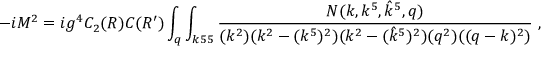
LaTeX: - i M ^ { 2 } = i g ^ { 4 } C _ { 2 } ( R ) C ( R ^ { \prime } ) \int _ { q } \int _ { k 5 5 } { \frac { N ( k , k ^ { 5 } , { \hat { k } } ^ { 5 } , q ) } { ( k ^ { 2 } ) ( k ^ { 2 } - ( k ^ { 5 } ) ^ { 2 } ) ( k ^ { 2 } - ( { \hat { k } } ^ { 5 } ) ^ { 2 } ) ( q ^ { 2 } ) ( ( q - k ) ^ { 2 } ) } } \ ,